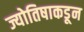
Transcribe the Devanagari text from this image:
ज्योतिषाकडून